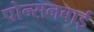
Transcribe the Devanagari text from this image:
पोन्सनबाई